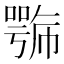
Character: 𭋍